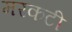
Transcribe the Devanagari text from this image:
मरकटी